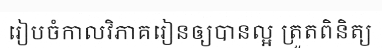
រៀបចំកាលវិភាគរៀនឲ្យបានល្អ ត្រួតពិនិត្យ